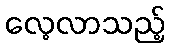
လေ့လာသည့်